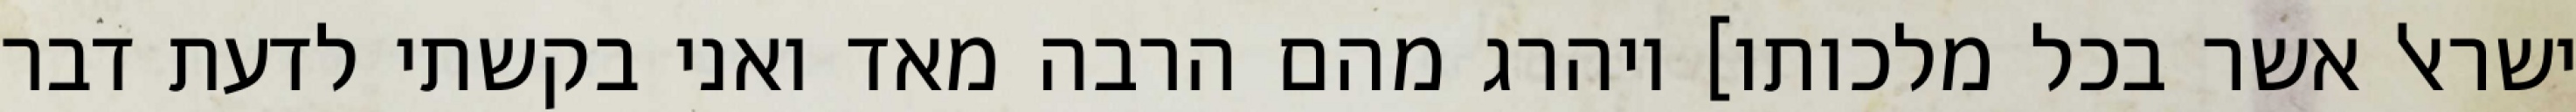
ישראל אשר בכל מלכותו] ויהרג מהם הרבה מאד ואני בקשתי לדעת דבר